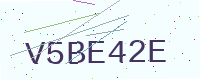
Text: V5BE42E